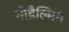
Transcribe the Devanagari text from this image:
गोडैल्मिंग